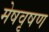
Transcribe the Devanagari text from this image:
मेषवृषण